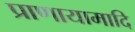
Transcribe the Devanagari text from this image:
प्राणायामादि